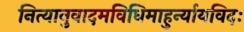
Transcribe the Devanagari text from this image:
नित्यानुवादमविधिमाहुर्न्यायविदः